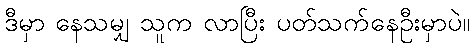
ဒီမှာ နေသမျှ သူက လာပြီး ပတ်သက်နေဦးမှာပဲ။